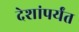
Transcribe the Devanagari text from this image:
देशांपर्यंत